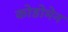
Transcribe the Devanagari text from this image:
कोडोमेन